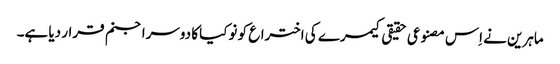
ماہرین نے اِس مصنوعی حقیقی کیمرے کی اختراع کو نوکیا کا دوسرا جنم قرار دیا ہے۔